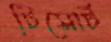
টিসোর্ট